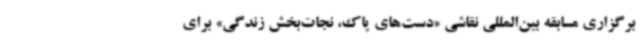
برگزاری مسابقه بین‌المللی نقاشی «دست‌های پاک، نجات‌بخش زندگی» برای